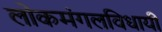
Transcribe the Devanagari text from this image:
लोकमंगलविधायी